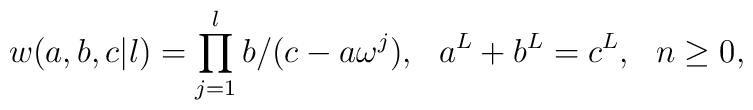
w(a,b,c|l)=\prod^l_{j=1}b/(c-a\omega^j),~~a^L+b^L=c^L,~~n\geq 0,